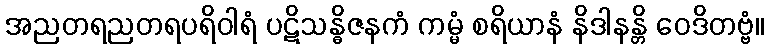
အညတရညတရပရိဝါရံ ပဋိသန္ဓိဇနကံ ကမ္မံ စရိယာနံ နိဒါနန္တိ ဝေဒိတဗ္ဗံ။